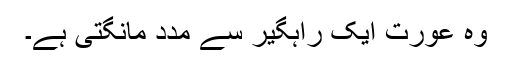
وہ عورت ایک راہگیر سے مدد مانگتی ہے۔